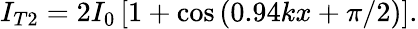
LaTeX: I_{T2}=2I_{0}\left[1+\cos\left(0.94kx+\pi/2\right)\right].